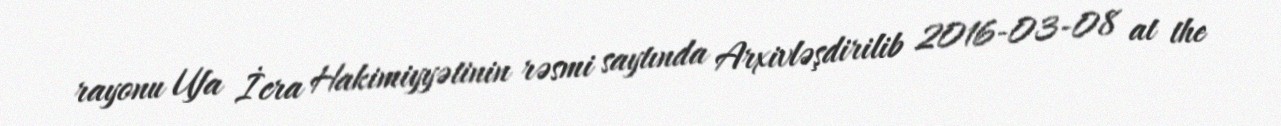
rayonu Ufa İcra Hakimiyyətinin rəsmi saytında Arxivləşdirilib 2016-03-08 at the